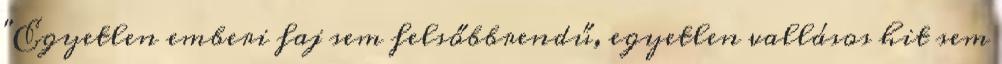
"Egyetlen emberi faj sem felsőbbrendű, egyetlen vallásos hit sem